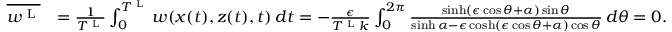
\begin{array} { r l } { \overline { { w ^ { \textnormal { L } } } } } & { = \frac { 1 } { T ^ { \textnormal { L } } } \int _ { 0 } ^ { T ^ { \textnormal { L } } } w ( x ( t ) , z ( t ) , t ) \, d t = - \frac { \epsilon } { T ^ { \textnormal { L } } k } \int _ { 0 } ^ { 2 \pi } \frac { \sinh ( \epsilon \cos \theta + { \alpha } ) \sin \theta } { \sinh { \alpha } - \epsilon \cosh ( \epsilon \cos \theta + { \alpha } ) \cos \theta } \, d \theta = 0 . } \end{array}